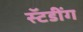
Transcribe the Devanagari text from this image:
स्टॅडींग